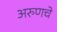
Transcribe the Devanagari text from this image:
अरुणचे